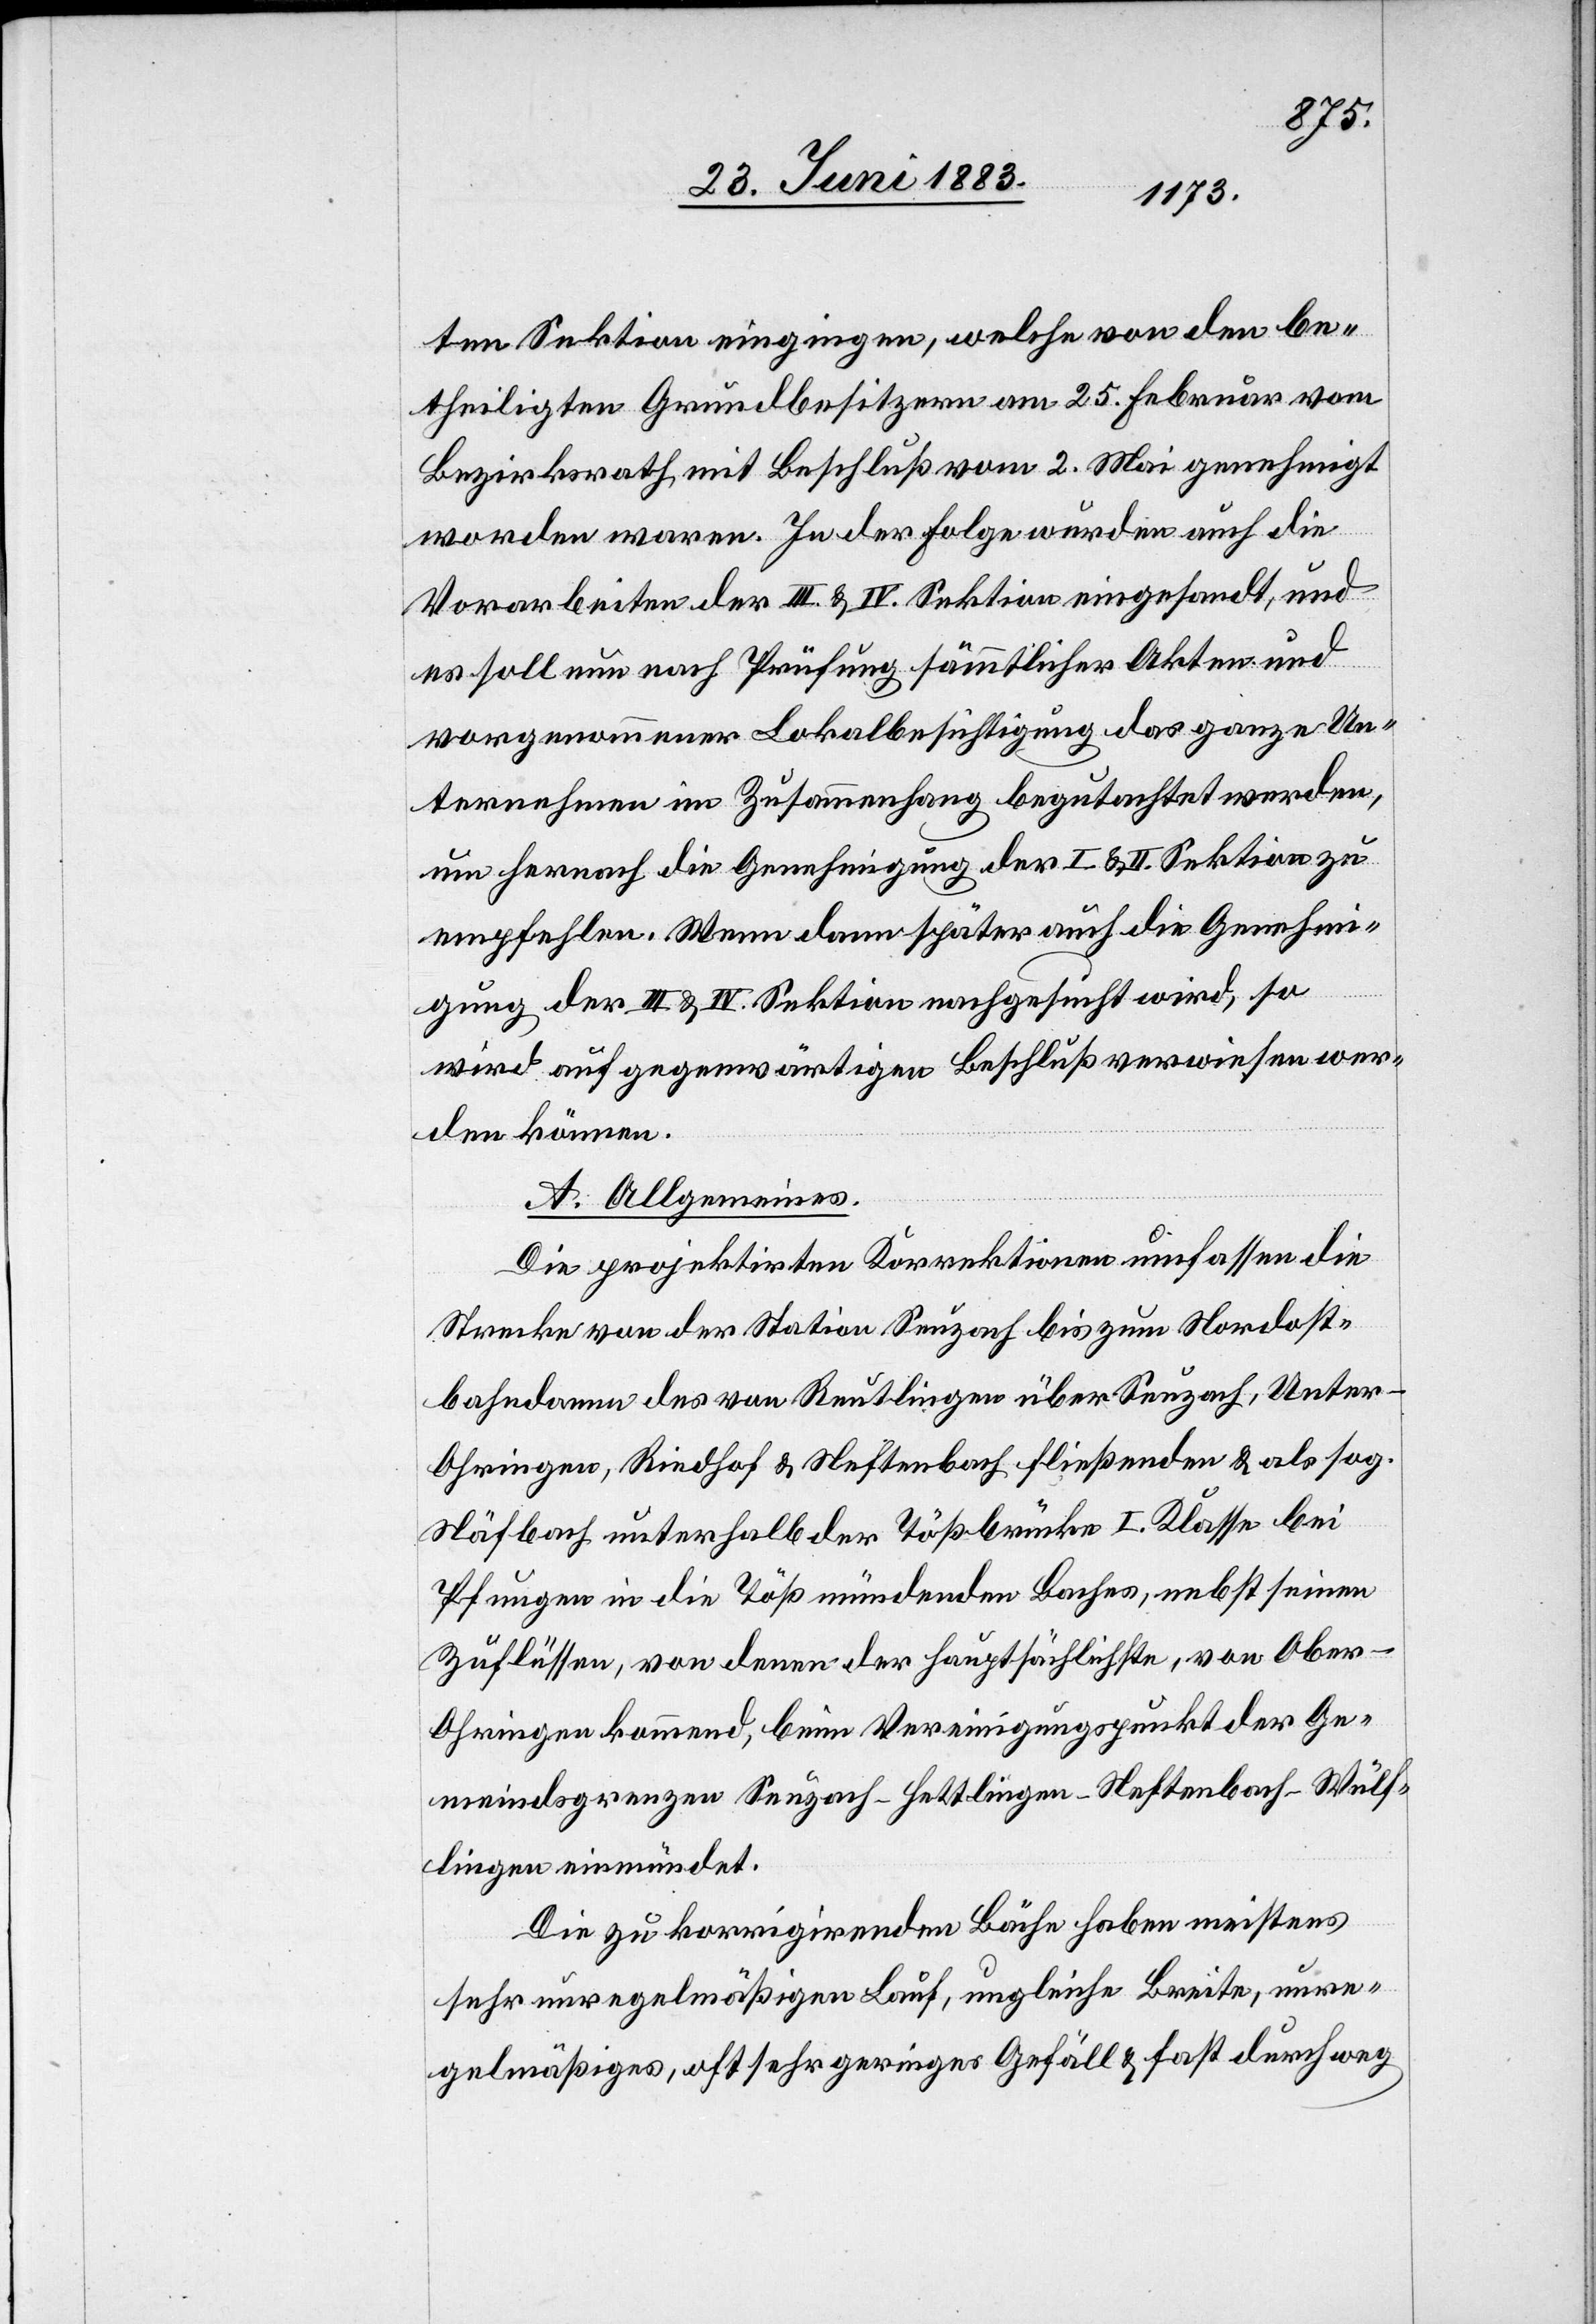
ten Sektion eingingen, welche von den be¬
theiligten Grundbesitzern am 25. Februar vom
Bezirksrath mit Beschluß vom 2. Mai genehmigt
worden waren. In der Folge wurden auch die
Vorarbeiten der III & IV. Sektion eingesandt, und
es soll nun nach Prüfung sämmtlicher Akten und
vorgenommener Lokalbesichtigung das ganze Un¬
ternehmen im Zusammenhang begutachtet werden,
um hernach die Genehmigung der I & II. Sektion zu
empfehlen. Wenn dann später auch die Genehmi¬
gung der III. & IV. Sektion nachgesucht wird, so
wird auf gegenwärtigen Beschluß verwiesen wer¬
den können.
A. Allgemeines.
Die projektirten Korrektionen umfassen die
Strecke von der Station Seuzach bis zum Nordost¬
bahndamm des von Reutlingen über Seuzach, Unter-O¬
hringen, Riedhof & Neftenbach fließenden & als sog.
Näfbach unterhalb der Tößbrücke I. Klasse bei
Pfungen in die Töß mündenden Baches, nebst seinen
Zuflüssen, von denen der hauptsächliste, von Ober-O¬
hringen kommend, beim Vereinigungspunkt der Ge¬
meindsgrenzen Seuzach–Hettlingen–Neftenbach–Wülf¬
lingen einmündet.
Die zu korrigirenden Bäche haben meistens
sehr unregelmäßigen Lauf, ungleiche Breite, unre¬
gelmäßiges, oft sehr geringes Gefäll & fast durchweg